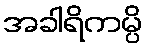
အခါရိကမ္ပိ